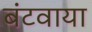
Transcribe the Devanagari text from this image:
बंटवाया